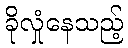
ခိုလှုံနေသည့်